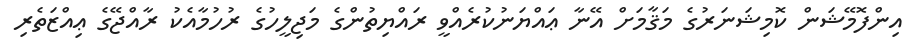
އިންފޮމޭޝަން ކޮމިޝަނަރުގެ މަޤާމަށް އޭނާ ޢައްޔަނުކުރެއްވީ ރައްޔިތުންގެ މަޖިލީހުގެ ރުހުމާއެކު ރާއްޖޭގެ ޢިއްޒަތެރި